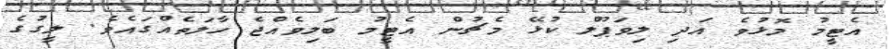
އެޓީމު މޮޅުވެ އަދި ލިވަޕޫލް ކުޅޭ މެޗުން އެޓީމު ބަލިވެއްޖެ ހާލަތެއްގައެވެ. ލީގުގެ